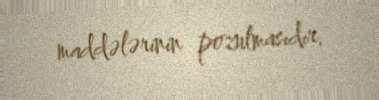
maddələrinin pozulmasıdır.